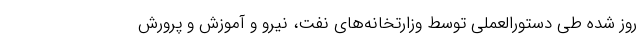
روز شده طی دستورالعملی توسط وزارتخانه‌های نفت، نیرو و آموزش و پرورش